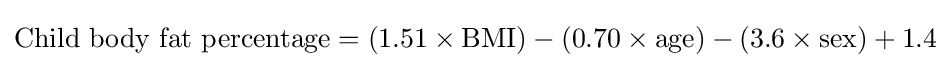
{\text{Child body fat percentage}}=(1.51\times {\text{BMI}})-(0.70\times {\text{age}})-(3.6\times {\text{sex}})+1.4